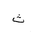
Letter: _tha